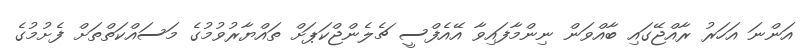
އަންނަ އަހަރު ރާއްޖޭގައި ބާއްވަން ނިންމާފައިވާ އޭއެފްސީ ޗެލެންޖްކަޕަށް ތައްޔާރުވުމުގެ މަސައްކަތްތަށް ފެށުމުގެ